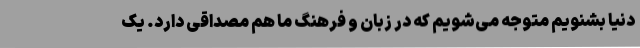
دنیا بشنویم متوجه می‌شویم که در زبان و فرهنگ ما هم مصداقی دارد. یک